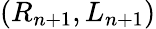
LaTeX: (R_{n+1},L_{n+1})